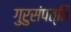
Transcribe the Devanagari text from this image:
गुरुसंपत्ति